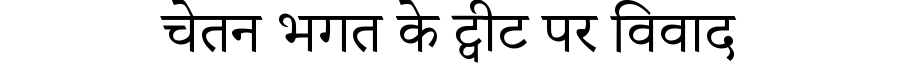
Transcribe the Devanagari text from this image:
चेतन भगत के ट्वीट पर विवाद